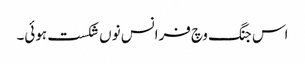
اس جنگ وچ فرانس نوں شکست ہوئی۔